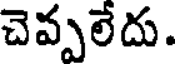
చెప్పలేదు.